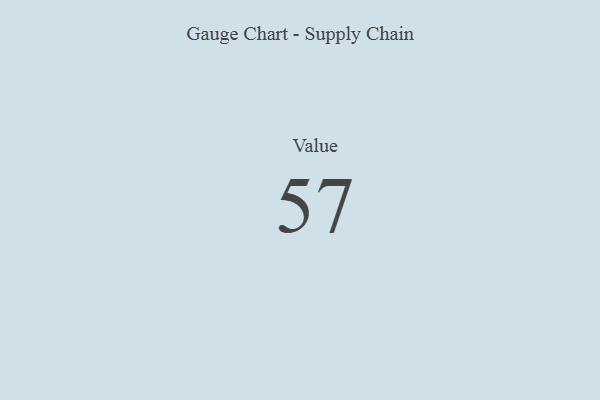
{"axis": {"x": "Metric", "y": "Value"}, "legend": [""], "data": [{"x": "Value", "y": 57, "type": ""}]}